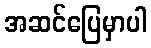
အဆင်ပြေမှာပါ